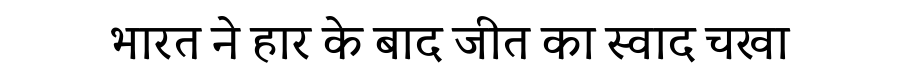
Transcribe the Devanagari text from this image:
भारत ने हार के बाद जीत का स्वाद चखा